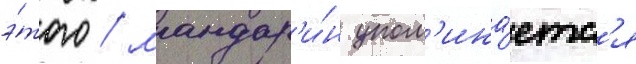
э́того / мандар'и́н упом'ина́етс'я